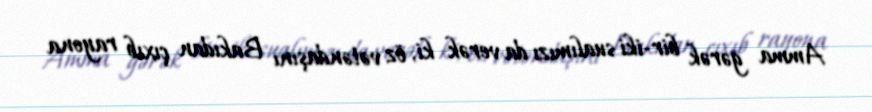
Amma gərək bir-iki sualımızı da verək ki, öz vətəndaşını Bakıdan çıxıb rayona